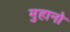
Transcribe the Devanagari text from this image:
मुहानो